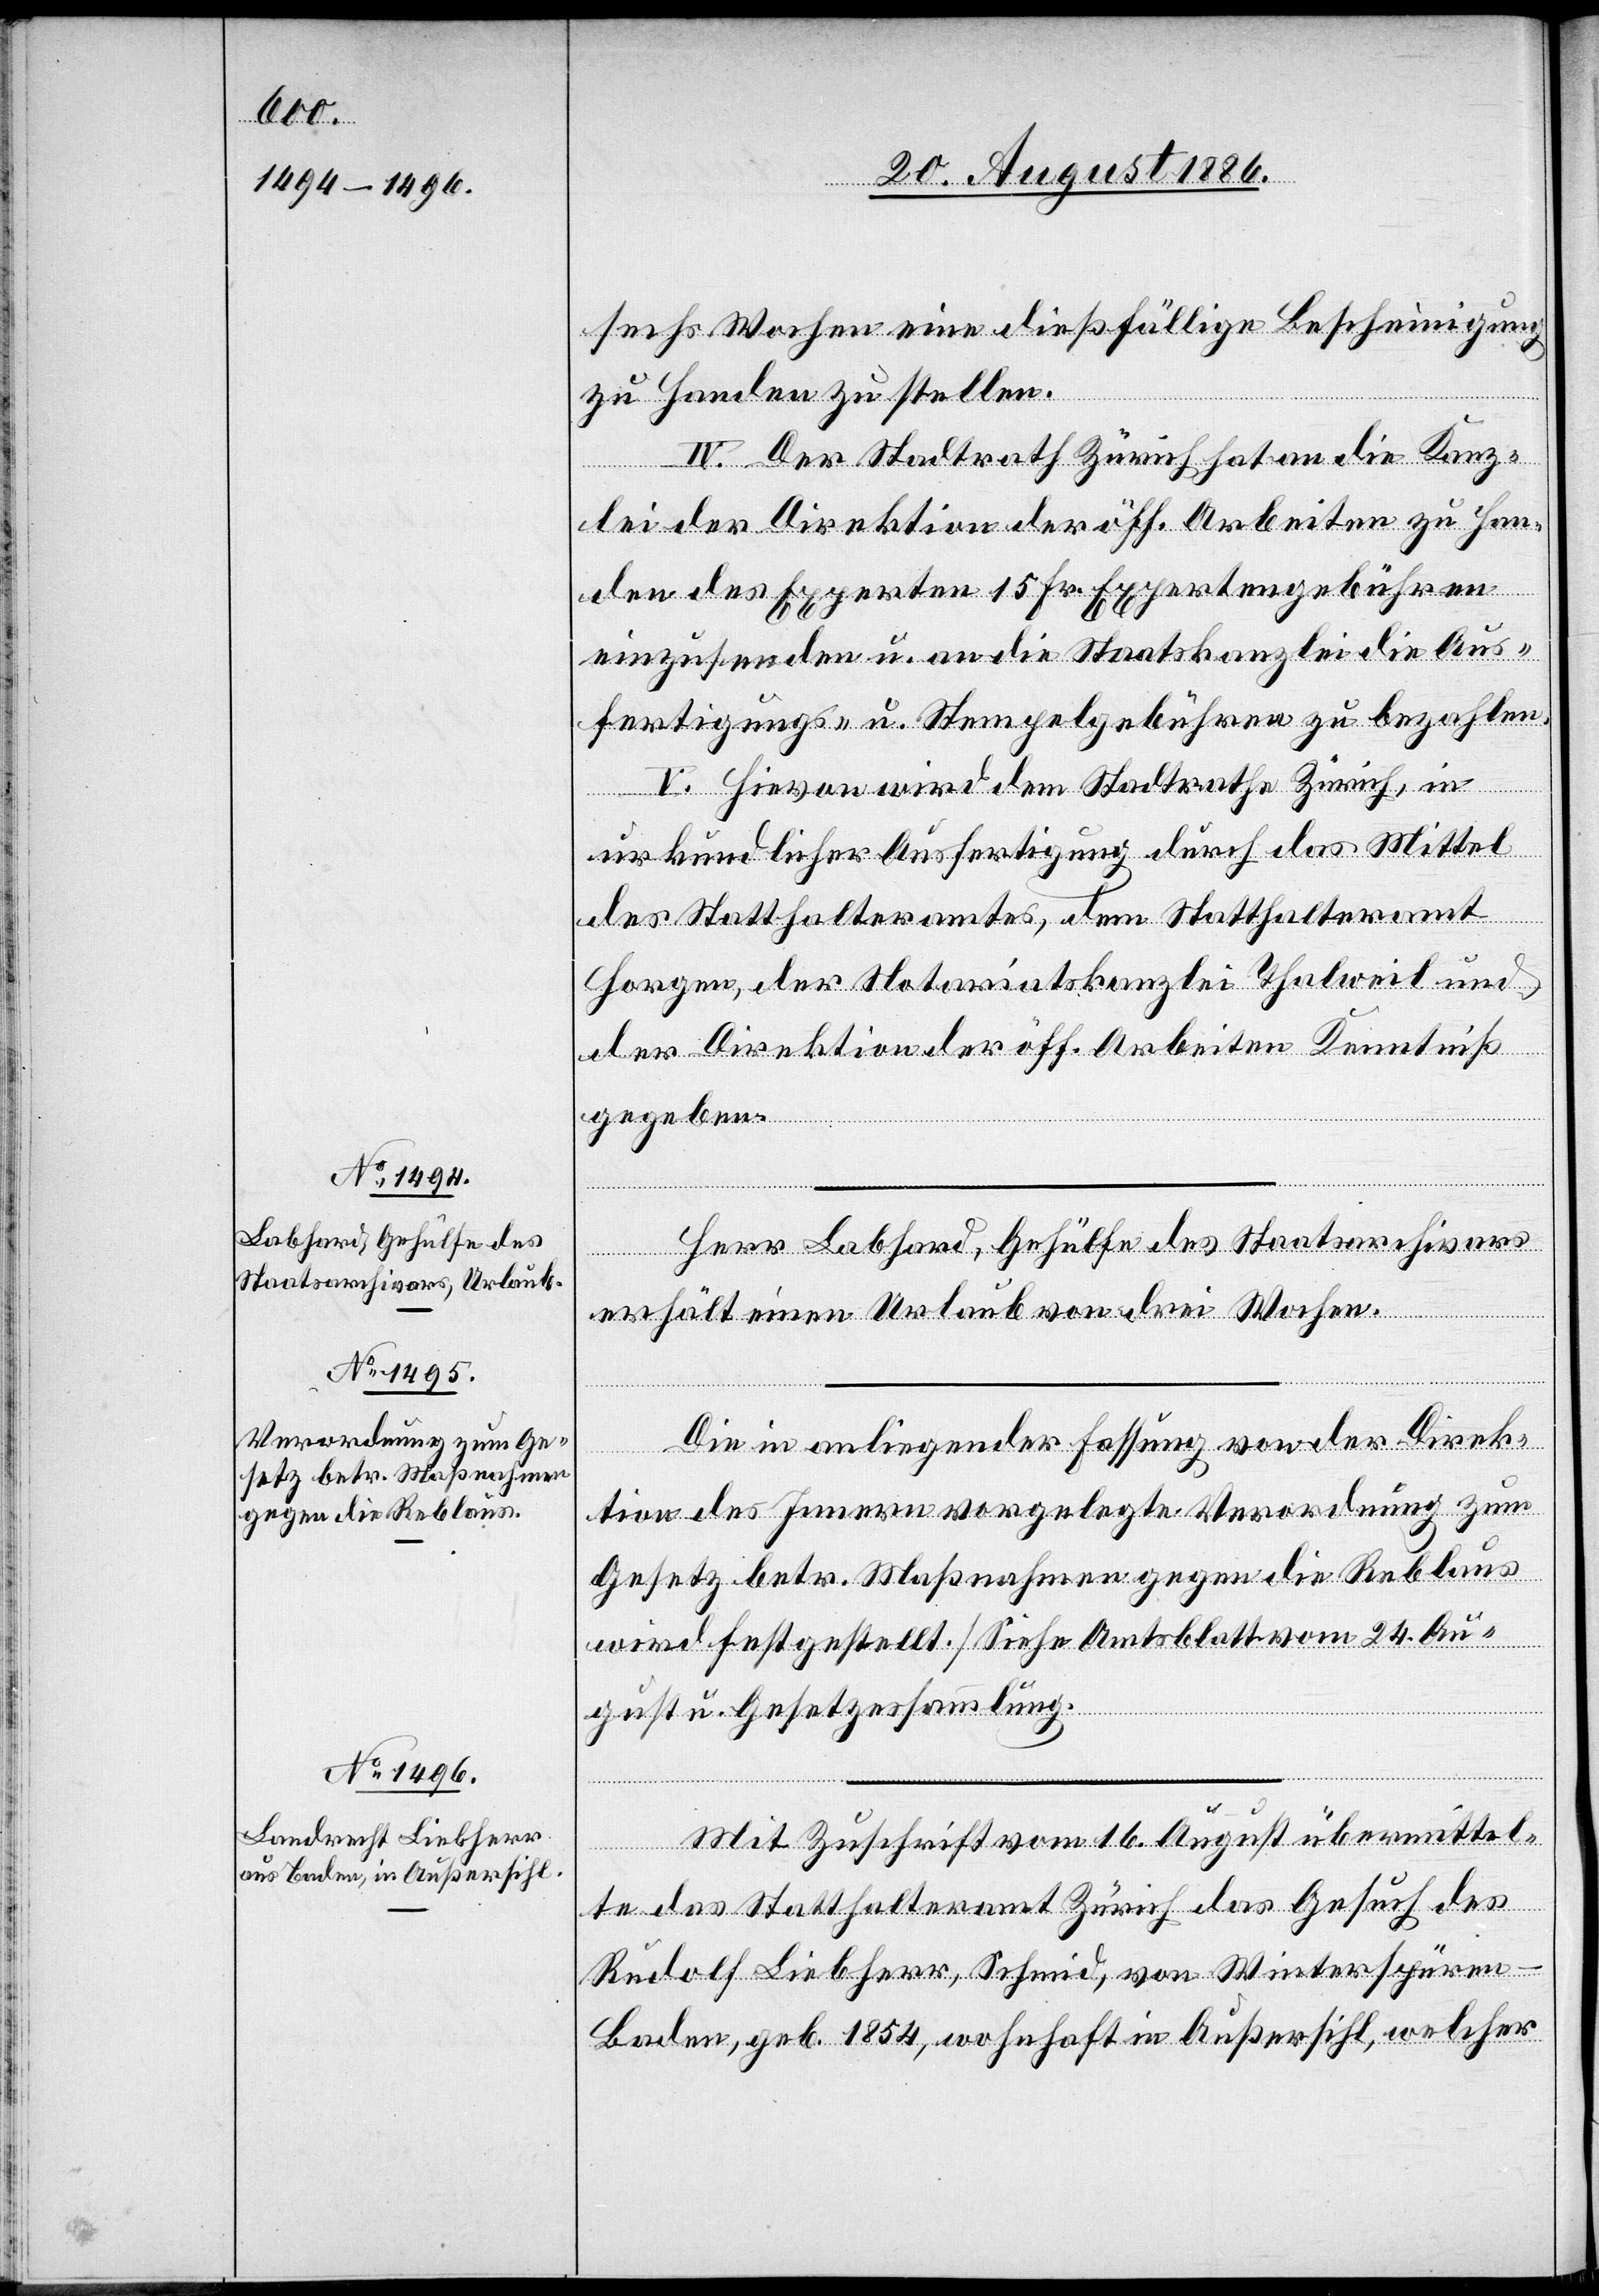
sechs Wochen eine dießfällige Bescheinigung
zu Handen zu stellen.
IV. Der Stadtrath Zürich hat an die Kanz¬
lei der Direktion der öff. Arbeiten zu Han¬
den des Experten 15 Fr. Expertengebühren
einzusenden u. an die Staatskanzlei die Aus¬
fertigungs- u. Stempelgebühren zu bezahlen.
V. Hievon wird dem Stadtrathe Zürich, in
urkundlicher Ausfertigung durch das Mittel
des Statthalteramtes, dem Statthalteramt
Horgen, der Notariatskanzlei Thalweil und
der Direktion der öff. Arbeiten Kenntniß
gegeben.
Herr Labhard, Gehülfe des Staatsarchivars
erhält einen Urlaub von drei Wochen.
Die in anliegender Fassung von der Direk¬
tion des Innern vorgelegte Verordnung zum
Gesetz betr. Maßnahmen gegen die Reblaus
wird festgestellt [Siehe Amtsblatt vom 24. Au¬
gust u. Gesetzessammlung].
Mit Zuschrift vom 16. August übermittel¬
te das Statthalteramt Zürich das Gesuch des
Rudolf Liebherr, Schmid, von Winterspüren
Baden, geb. 1854, wohnhaft in Außersihl, welcher